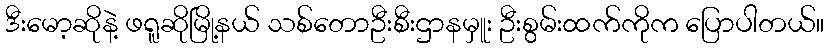
ဒီးမော့ဆိုနဲ့ ဖရူဆိုမြို့နယ် သစ်တောဦးစီးဌာနမှူး ဦးစွမ်းထက်ကိုက ပြောပါတယ်။